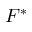
F ^ { * }